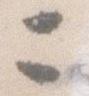
ニ